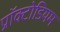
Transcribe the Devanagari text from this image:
प्रॉक्टोडियम